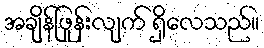
အချိန်ဖြုန်းလျက် ရှိလေသည်။